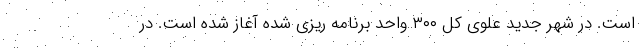
است. در شهر جدید علوی کل ۳۰۰ واحد برنامه ریزی شده آغاز شده است. در